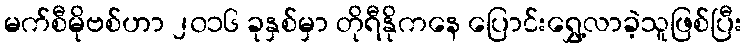
မက်စီမိုဗစ်ဟာ ၂၀၁၆ ခုနှစ်မှာ တိုရီနိုကနေ ပြောင်းရွှေ့လာခဲ့သူဖြစ်ပြီး